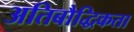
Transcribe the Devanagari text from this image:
अतिबौद्धिकता